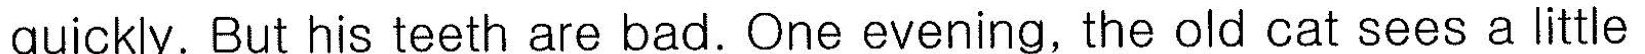
quickly. But his teeth are bad. One evening, the old cat sees a little